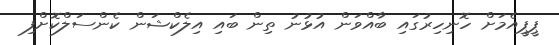
ޕީޕީއެމަށް ހޮނިހިރުގައި ބާއްވަން އުޅުނު ތިން ބައި އިލެކްޝަން ކެންސަލްކޮށްފި